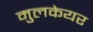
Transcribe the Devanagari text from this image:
मुलकेयर